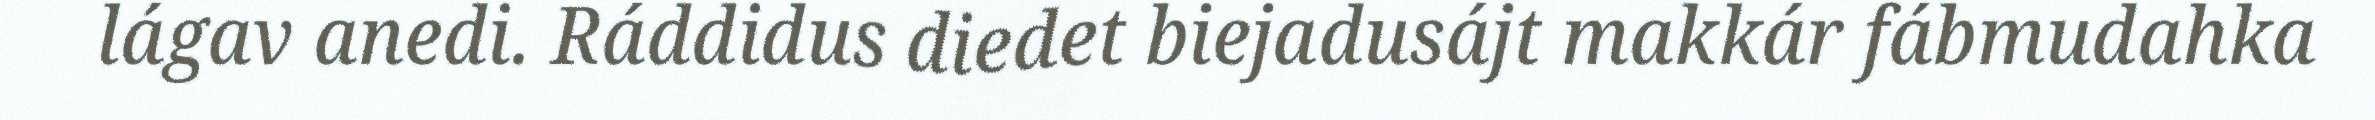
lágav anedi. Ráddidus diedet biejadusájt makkár fábmudahka